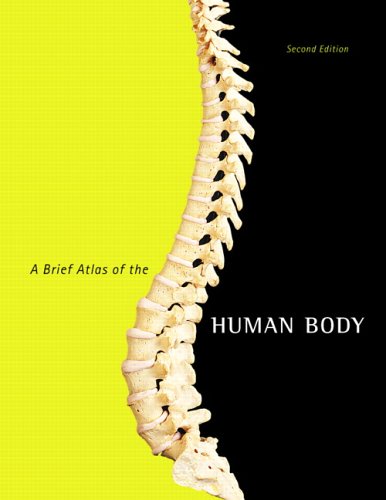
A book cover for A Brief Atlas of the Human Body; Medical Books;